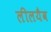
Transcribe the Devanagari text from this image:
लीलयैव